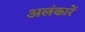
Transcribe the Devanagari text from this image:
अलंकारें